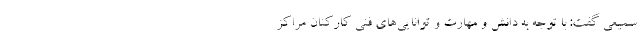
سمیعی گفت: با توجه به دانش و مهارت و توانایی‌های فنی کارکنان مراکز